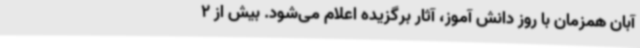
آبان همزمان با روز دانش آموز، آثار برگزیده اعلام می‌شود. بیش از 2